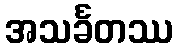
အသင်္ခတဿ